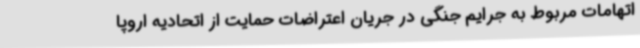
اتهامات مربوط به جرایم جنگی در جریان اعتراضات حمایت از اتحادیه اروپا